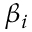
\beta _ { i }